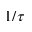
1 / \tau